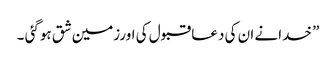
” خدانے ان کی دعا قبول کی اورزمین شق ہوگئی ۔